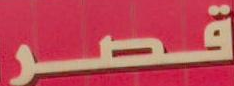
قصر